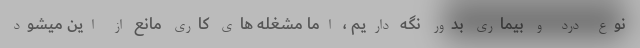
نوع درد و بیماری بدور نگه داریم ، اما مشغله های کاری مانع از این میشود